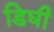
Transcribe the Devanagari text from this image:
डिघी